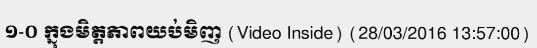
១-០ ក្នុងមិត្តភាពយប់មិញ (Video Inside) (28/03/2016 13:57:00)